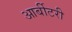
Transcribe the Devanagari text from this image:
आर्बीटरी